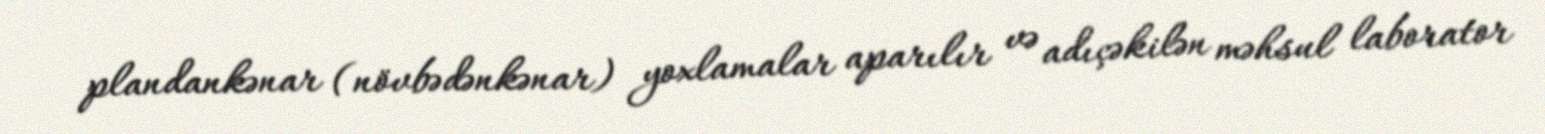
plandankənar (növbədənkənar) yoxlamalar aparılır və adıçəkilən məhsul laborator